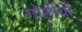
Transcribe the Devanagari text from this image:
गोष्ठींयों